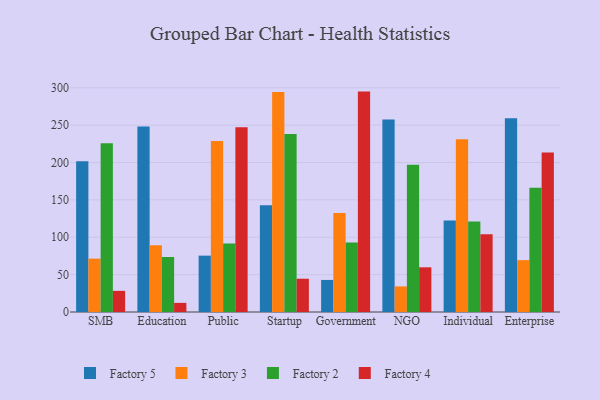
{"axis": {"x": "Segment", "y": "Revenue (USD Million)"}, "legend": ["Factory 2", "Factory 3", "Factory 4", "Factory 5"], "data": [{"x": "SMB", "y": 201.8, "type": "Factory 5"}, {"x": "SMB", "y": 71.4, "type": "Factory 3"}, {"x": "SMB", "y": 225.7, "type": "Factory 2"}, {"x": "SMB", "y": 28.3, "type": "Factory 4"}, {"x": "Education", "y": 248.1, "type": "Factory 5"}, {"x": "Education", "y": 89.3, "type": "Factory 3"}, {"x": "Education", "y": 73.6, "type": "Factory 2"}, {"x": "Education", "y": 12.2, "type": "Factory 4"}, {"x": "Public", "y": 75.4, "type": "Factory 5"}, {"x": "Public", "y": 228.7, "type": "Factory 3"}, {"x": "Public", "y": 91.7, "type": "Factory 2"}, {"x": "Public", "y": 247.3, "type": "Factory 4"}, {"x": "Startup", "y": 142.7, "type": "Factory 5"}, {"x": "Startup", "y": 294.5, "type": "Factory 3"}, {"x": "Startup", "y": 238.1, "type": "Factory 2"}, {"x": "Startup", "y": 44.5, "type": "Factory 4"}, {"x": "Government", "y": 42.9, "type": "Factory 5"}, {"x": "Government", "y": 132.3, "type": "Factory 3"}, {"x": "Government", "y": 93.0, "type": "Factory 2"}, {"x": "Government", "y": 294.9, "type": "Factory 4"}, {"x": "NGO", "y": 257.7, "type": "Factory 5"}, {"x": "NGO", "y": 34.2, "type": "Factory 3"}, {"x": "NGO", "y": 197.0, "type": "Factory 2"}, {"x": "NGO", "y": 59.8, "type": "Factory 4"}, {"x": "Individual", "y": 122.4, "type": "Factory 5"}, {"x": "Individual", "y": 231.0, "type": "Factory 3"}, {"x": "Individual", "y": 121.1, "type": "Factory 2"}, {"x": "Individual", "y": 104.1, "type": "Factory 4"}, {"x": "Enterprise", "y": 259.1, "type": "Factory 5"}, {"x": "Enterprise", "y": 69.4, "type": "Factory 3"}, {"x": "Enterprise", "y": 166.2, "type": "Factory 2"}, {"x": "Enterprise", "y": 213.3, "type": "Factory 4"}]}